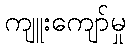
ကျူးကျော်မှု